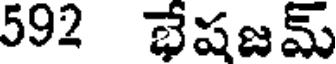
592 భేషజమ్